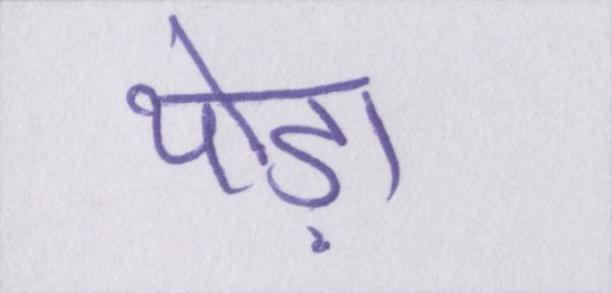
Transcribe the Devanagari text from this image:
थोड़ा